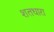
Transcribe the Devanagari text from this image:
शतधारा